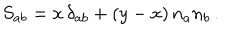
LaTeX: S _ { a b } = x \, \delta _ { a b } + ( y - x ) \, n _ { a } n _ { b } \, .